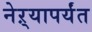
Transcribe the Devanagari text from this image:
नेऱ्यापर्यंत